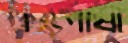
কম্ভুপাষী